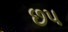
છપ